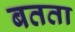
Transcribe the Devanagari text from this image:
बतता